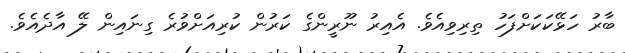
ބާރު ހަޅޭކަކަށްފަހު ތިރިވިއެވެ. އެއިރު ނޫރީންގެ ކަރުން ކުރިއަށްވުރެ ގިނައިން ލޭ އާދެއެވެ.